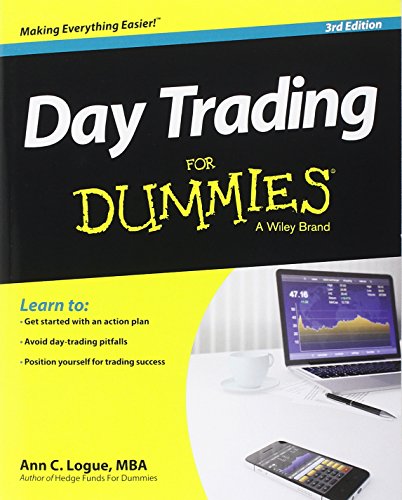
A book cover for Day Trading For Dummies; Ann C. Logue; Business & Money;